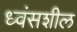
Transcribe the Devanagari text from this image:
ध्वंसशील